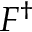
F ^ { \dagger }